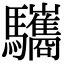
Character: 驨